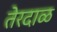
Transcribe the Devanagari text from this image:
तेरदाळ